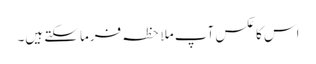
اس کا عکس آپ ملاحظہ فرما سکتے ہیں۔